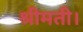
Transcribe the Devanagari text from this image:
श्रीमती।